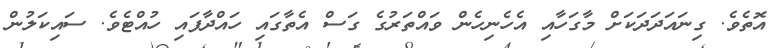
އޮތެވެ. ގިނައަދަދަކަށް މާގަހާއި އެހެނިހެން ވައްތަރުގެ ގަސް އެތާގައި ހައްދާފައި ހުއްޓެވެ. ސައިކަލުން